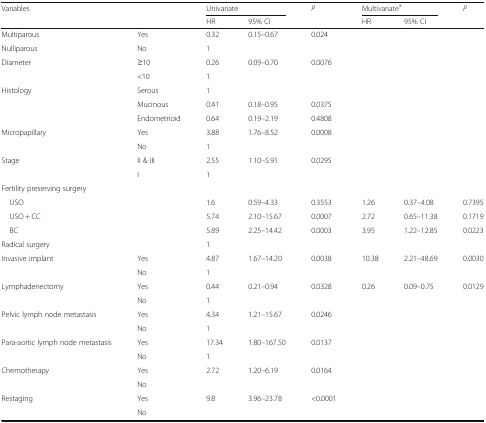
<table><thead><tr><td rowspan="2"><b>Variables</b></td><td rowspan="2"></td><td colspan="2"><b>Univariate</b></td><td rowspan="2"><b><i>P</i></b></td><td colspan="2"><b>Multivariate<sup>a</sup></b></td><td rowspan="2"><b><i>P</i></b></td></tr><tr><td><b>HR</b></td><td><b>95% CI</b></td><td><b>HR</b></td><td><b>95% CI</b></td></tr></thead><tbody><tr><td>Multiparous</td><td>Yes</td><td>0.32</td><td>0.15–0.67</td><td>0.024</td><td></td><td></td><td></td></tr><tr><td>Nulliparous</td><td>No</td><td>1</td><td></td><td></td><td></td><td></td><td></td></tr><tr><td rowspan="2">Diameter</td><td>≥10</td><td>0.26</td><td>0.09–0.70</td><td>0.0076</td><td></td><td></td><td></td></tr><tr><td>&lt;10</td><td>1</td><td></td><td></td><td></td><td></td><td></td></tr><tr><td rowspan="3">Histology</td><td>Serous</td><td>1</td><td></td><td></td><td></td><td></td><td></td></tr><tr><td>Mucinous</td><td>0.41</td><td>0.18–0.95</td><td>0.0375</td><td></td><td></td><td></td></tr><tr><td>Endometrioid</td><td>0.64</td><td>0.19–2.19</td><td>0.4808</td><td></td><td></td><td></td></tr><tr><td rowspan="2">Micropapillary</td><td>Yes</td><td>3.88</td><td>1.76–8.52</td><td>0.0008</td><td></td><td></td><td></td></tr><tr><td>No</td><td>1</td><td></td><td></td><td></td><td></td><td></td></tr><tr><td rowspan="2">Stage</td><td>II &amp; III</td><td>2.55</td><td>1.10–5.91</td><td>0.0295</td><td></td><td></td><td></td></tr><tr><td>I</td><td>1</td><td></td><td></td><td></td><td></td><td></td></tr><tr><td colspan="8">Fertility preserving surgery</td></tr><tr><td colspan="2"> USO</td><td>1.6</td><td>0.59–4.33</td><td>0.3553</td><td>1.26</td><td>0.37–4.08</td><td>0.7395</td></tr><tr><td colspan="2"> USO + CC</td><td>5.74</td><td>2.10–15.67</td><td>0.0007</td><td>2.72</td><td>0.65–11.38</td><td>0.1719</td></tr><tr><td colspan="2"> BC</td><td>5.89</td><td>2.25–14.42</td><td>0.0003</td><td>3.95</td><td>1.22–12.85</td><td>0.0223</td></tr><tr><td colspan="2">Radical surgery</td><td>1</td><td></td><td></td><td></td><td></td><td></td></tr><tr><td rowspan="2">Invasive implant</td><td>Yes</td><td>4.87</td><td>1.67–14.20</td><td>0.0038</td><td>10.38</td><td>2.21–48.69</td><td>0.0030</td></tr><tr><td>No</td><td>1</td><td></td><td></td><td></td><td></td><td></td></tr><tr><td rowspan="2">Lymphadenectomy</td><td>Yes</td><td>0.44</td><td>0.21–0.94</td><td>0.0328</td><td>0.26</td><td>0.09–0.75</td><td>0.0129</td></tr><tr><td>No</td><td>1</td><td></td><td></td><td></td><td></td><td></td></tr><tr><td rowspan="2">Pelvic lymph node metastasis</td><td>Yes</td><td>4.34</td><td>1.21–15.67</td><td>0.0246</td><td></td><td></td><td></td></tr><tr><td>No</td><td>1</td><td></td><td></td><td></td><td></td><td></td></tr><tr><td rowspan="2">Para-aortic lymph node metastasis</td><td>Yes</td><td>17.34</td><td>1.80–167.50</td><td>0.0137</td><td></td><td></td><td></td></tr><tr><td>No</td><td>1</td><td></td><td></td><td></td><td></td><td></td></tr><tr><td rowspan="2">Chemotherapy</td><td>Yes</td><td>2.72</td><td>1.20–6.19</td><td>0.0164</td><td></td><td></td><td></td></tr><tr><td>No</td><td></td><td></td><td></td><td></td><td></td><td></td></tr><tr><td rowspan="2">Restaging</td><td>Yes</td><td>9.8</td><td>3.96–23.78</td><td>&lt;0.0001</td><td></td><td></td><td></td></tr><tr><td>No</td><td></td><td></td><td></td><td></td><td></td><td></td></tr></tbody></table>